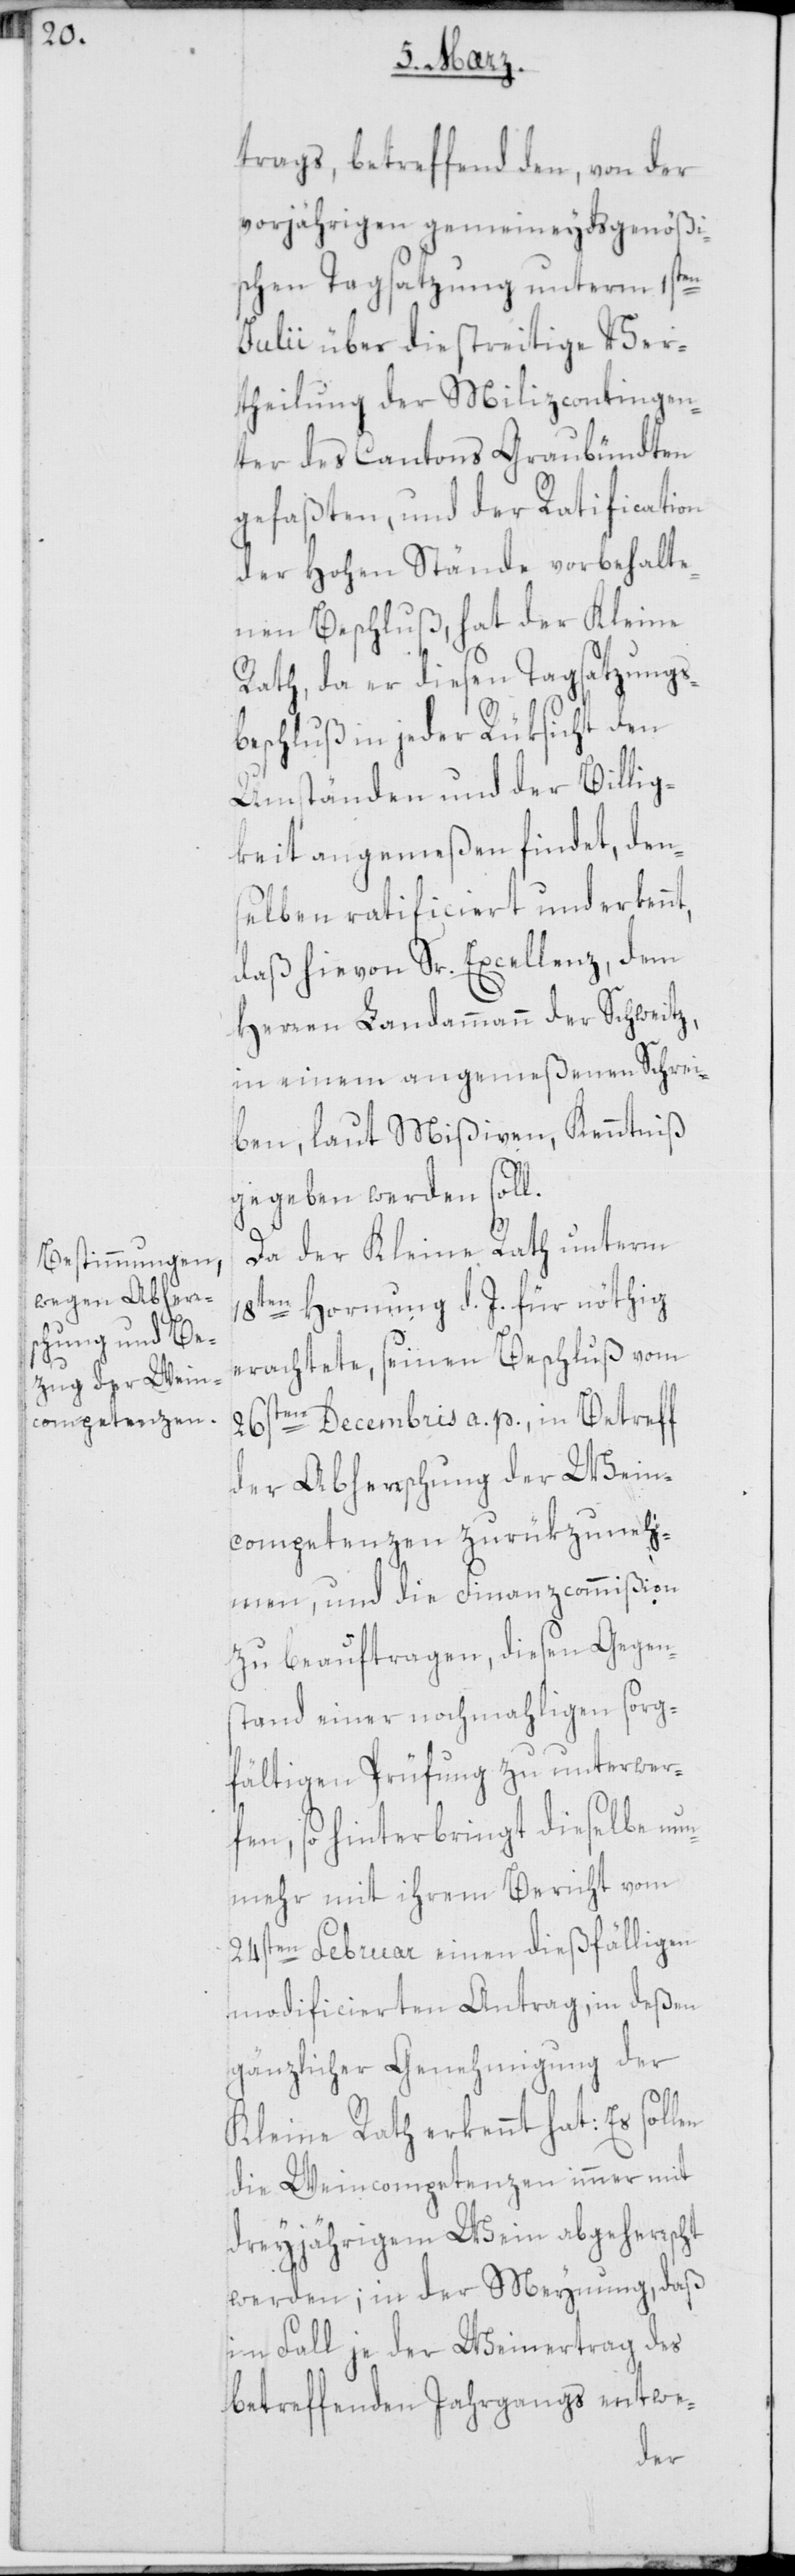
t,

trags, betreffend den, von der
vorjährigen gemeineydsgenößi¬
schen Tagsatzung unterm 1sten
Julii über die streitige Ver¬
theilung der Milizcontingen¬
ter des Cantons Graubündten
gefaßten, und der Ratification
der Hohen Stände vorbehalte¬
nen Beschluß, hat der Kleine
Rath, da er diesen Tagsatzungs¬
beschluß in jeder Rüksicht den
Umständen und der Billig¬
keit angemeßen findet, den¬
selben ratificiert und erkenn¬
daß hievon Sr. Excellenz, dem
Herren Landammann der Schweitz,
in einem angemeßenen Schrei¬
ben, laut Mißiven, Kenntniß
gegeben werden soll.
Da der Kleine Rath unterm
18ten Hornung d. J. für nöthig
erachtete, seinen Beschluß vom
26sten Decembris a. p., in Betreff
der Abherrschung der Wein¬
competenzen zurükzuneh¬
men, und die Finanzcommißion
zu beauftragen, diesen Gegen¬
stand einer nochmahligen sorg¬
fältigen Prüfung zu unterwer¬
fen, so hinterbringt dieselbe nun¬
mehr mit ihrem Bericht vom
24sten Februar einen dießfälligen
modificierten Antrag, in deßen
gänzlicher Genehmigung der
Kleine Rath erkennt hat: Es sol¬
die Weincompetenzen immer mit
dreyjährigem Wein abgeherrscht
werden; in der Meynung, daß
im Fall je der Weinertrag des
betreffenden Jahrgangs entwe-
len